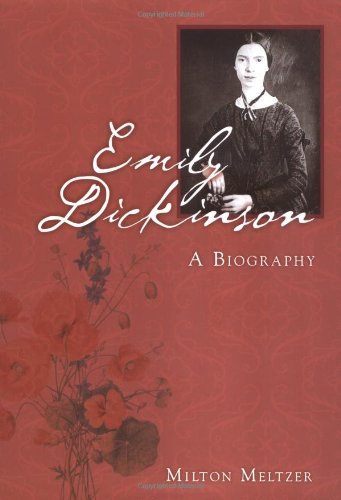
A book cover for Emily Dickinson: A Biography (American Literary Greats); Milton Meltzer; Teen & Young Adult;